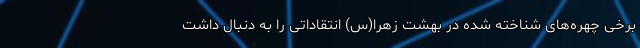
برخی چهره‌های شناخته شده در بهشت زهرا(س) انتقاداتی را به دنبال داشت